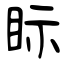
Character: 眎